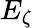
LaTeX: E_{\zeta}